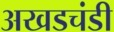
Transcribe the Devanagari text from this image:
अखडचंडी